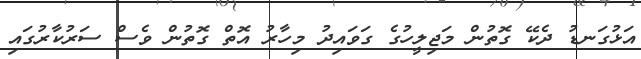
އަޅުގަނޑު ދެކޭ ގޮތުން މަޖިލީހުގެ ގަވައިދު މިހާރު އޮތް ގޮތުން ވެސް ސަރުކާރުގައި